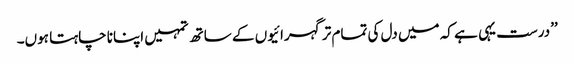
’’درست یہی ہے کہ میں دل کی تمام تر گہرائیوں کے ساتھ تمہیں اپنانا چاہتا ہوں۔